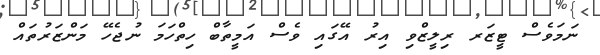
ނަމަވެސް ޓީޒަރ ރިލީޒްވި އިރު އޭގައި ވެސް އަމީތާބް ހިތްހަމަ ނުޖެހޭ މަންޒަރުތައް